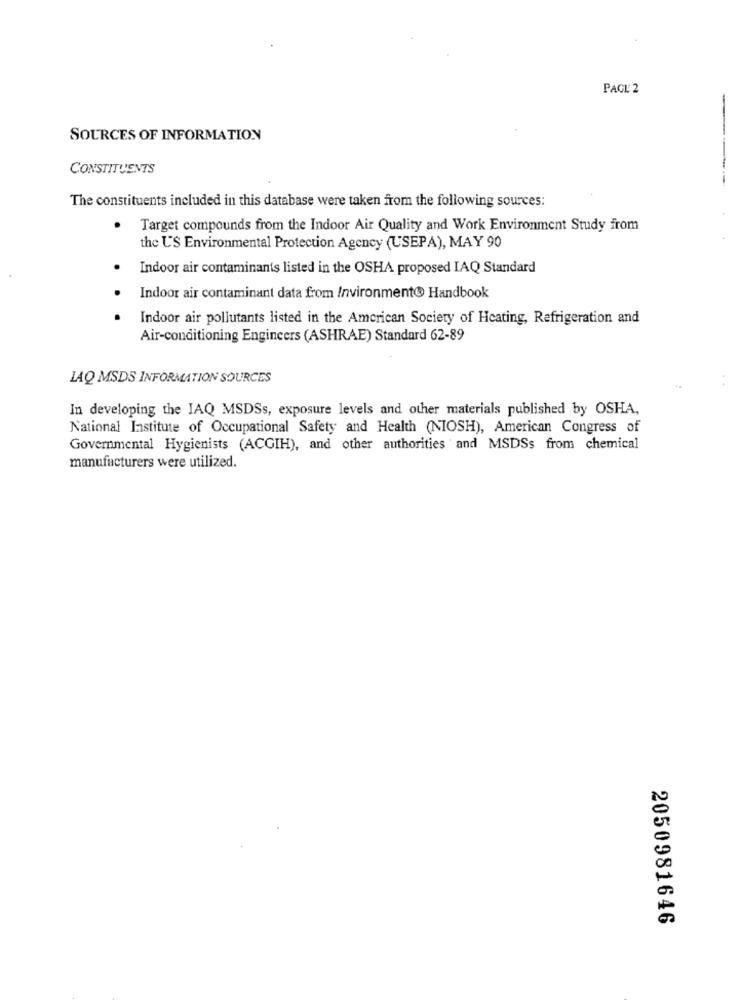
PAGE 2
-
SOURCES OF INFORMATION
CONSTITUENTS
The constituents included in this database were taken from the following sources:
Target compounds from the Indoor Air Quality and Work Environment Study from
the US Environmental Protection Agency (USEPA), MAY 90
Indoor air contaminants listed in the OSHA proposed IAQ Standard
Indoor air contaminant data from Invironment® Handbook
.
Indoor air pollutants listed in the American Society of Heating, Refrigeration and
Air-conditioning Engineers (ASHRAE) Standard 62-89
LAQ MSDS INFORMATION SOURCES
In developing the JAQ MSDSs, exposure levels and other materials published by OSHA,
National Institute of Occupational Safety and Health (NIOSH), American Congress of
Governmental Hygienists (ACGIH), and other authorities and MSDSs from chemical
manufacturers were utilized.
2050981646